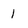
Character: 1